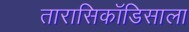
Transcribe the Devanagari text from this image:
तारासिकॉडिसाला